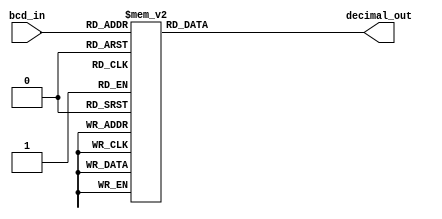
module bcd_decoder(input [3:0] bcd_in,
                   output reg [3:0] decimal_out);

always @* begin
    case(bcd_in)
        4'b0000: decimal_out = 4'b0000;
        4'b0001: decimal_out = 4'b0001;
        4'b0010: decimal_out = 4'b0010;
        4'b0011: decimal_out = 4'b0011;
        4'b0100: decimal_out = 4'b0100;
        4'b0101: decimal_out = 4'b0101;
        4'b0110: decimal_out = 4'b0110;
        4'b0111: decimal_out = 4'b0111;
        4'b1000: decimal_out = 4'b1000;
        4'b1001: decimal_out = 4'b1001;
        default: decimal_out = 4'b0000;
    endcase
end

endmodule